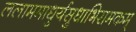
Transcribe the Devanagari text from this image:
ललाममाधुर्यसुधाभिरामकम्